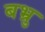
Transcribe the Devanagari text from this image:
बभ्रु